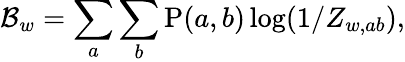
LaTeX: {\cal B}_{w}=\sum_{a}\sum_{b}\mathrm{P}(a,b)\log(1/Z_{w,ab}),